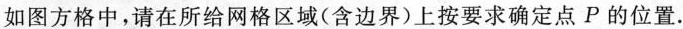
如图方格中，请在所给网格区域(含边界)上按要求确定点P的位置。